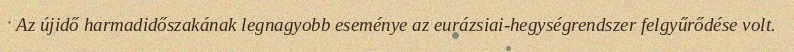
Az újidő harmadidőszakának legnagyobb eseménye az eurázsiai-hegységrendszer felgyűrődése volt.